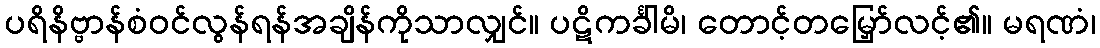
ပရိနိဗ္ဗာန်စံဝင်လွန်ရန်အချိန်ကိုသာလျှင်။ ပဋိကင်္ခါမိ၊ တောင့်တမြှော်လင့်၏။ မရဏံ၊